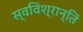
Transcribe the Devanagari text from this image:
स्वविश्रान्तिं